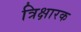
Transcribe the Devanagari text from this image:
त्रिक्षारक